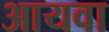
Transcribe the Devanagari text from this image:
आयवा